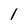
Character: 1